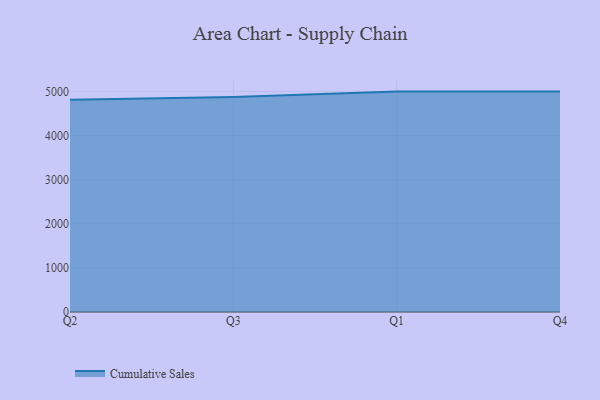
{"axis": {"x": "Quarter", "y": "Churn Rate (%)"}, "legend": ["Cumulative Sales"], "data": [{"x": "Q2", "y": 4817.2, "type": "Cumulative Sales"}, {"x": "Q3", "y": 4878.0, "type": "Cumulative Sales"}, {"x": "Q1", "y": 5000, "type": "Cumulative Sales"}, {"x": "Q4", "y": 5000, "type": "Cumulative Sales"}]}